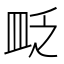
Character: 𥁔